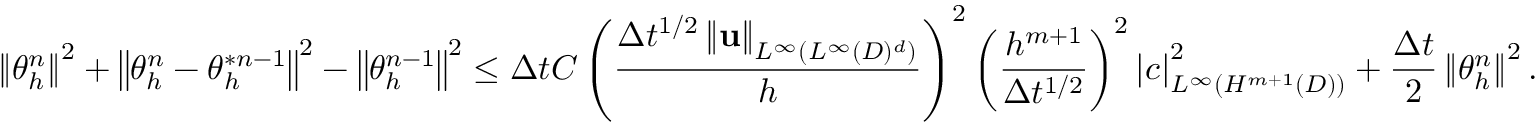
\left\Vert \theta _ { h } ^ { n } \right\Vert ^ { 2 } + \left\Vert \theta _ { h } ^ { n } - \theta _ { h } ^ { \ast n - 1 } \right\Vert ^ { 2 } - \left\Vert \theta _ { h } ^ { n - 1 } \right\Vert ^ { 2 } \leq \Delta t C \displaystyle \left( \frac { \Delta t ^ { 1 / 2 } \left\Vert \mathbf { u } \right\Vert _ { L ^ { \infty } ( L ^ { \infty } ( D ) ^ { d } ) } } { h } \right) ^ { 2 } \left( \frac { h ^ { m + 1 } } { \Delta t ^ { 1 / 2 } } \right) ^ { 2 } \left\vert c \right\vert _ { L ^ { \infty } ( H ^ { m + 1 } ( D ) ) } ^ { 2 } + \frac { \Delta t } { 2 } \left\Vert \theta _ { h } ^ { n } \right\Vert ^ { 2 } .